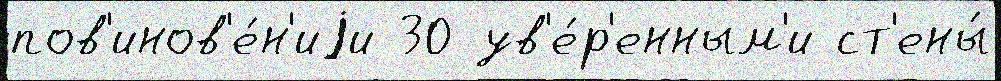
пов'инов'е́н'иjи 30 ув'е́р'енным'и ст'ены́